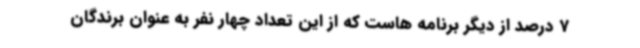
7 درصد از دیگر برنامه هاست که از این تعداد چهار نفر به عنوان برندگان